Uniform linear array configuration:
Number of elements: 64
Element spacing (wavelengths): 0.75
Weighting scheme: binomial
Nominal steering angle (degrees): -60
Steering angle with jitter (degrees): -58.642
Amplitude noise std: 0.05
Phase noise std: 0.05

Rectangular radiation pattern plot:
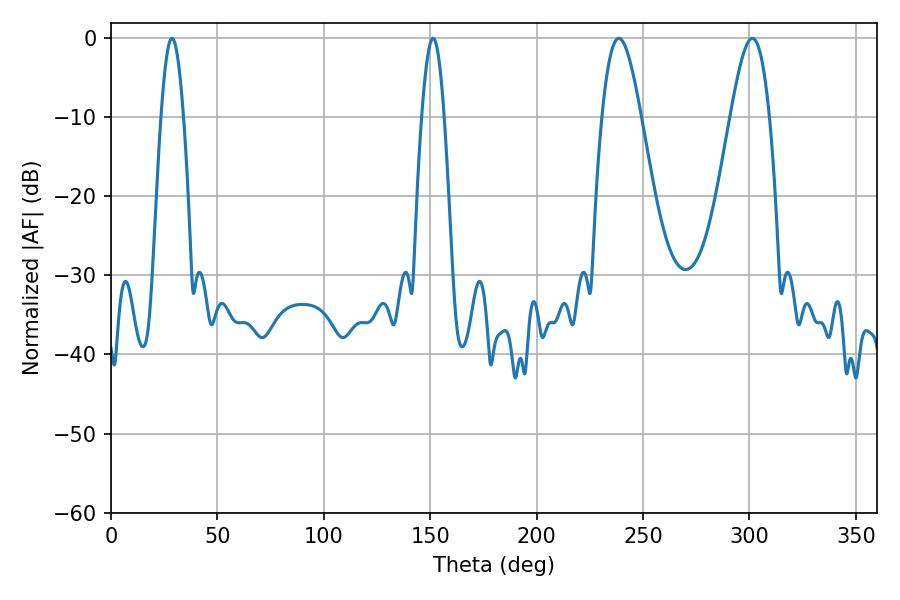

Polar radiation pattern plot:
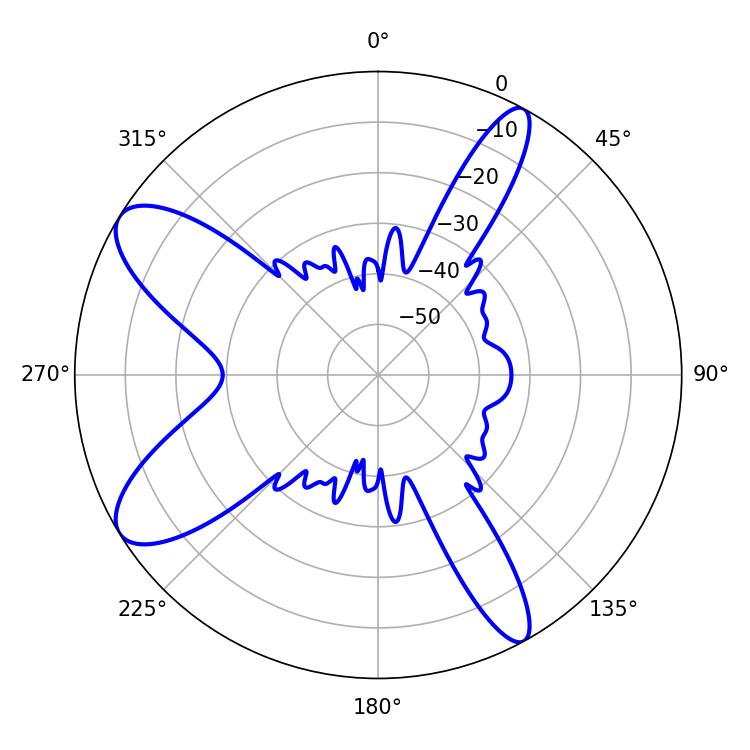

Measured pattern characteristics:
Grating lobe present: TRUE
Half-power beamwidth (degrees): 9.72
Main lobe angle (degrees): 238.68